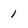
Character: 1